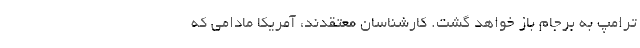
ترامپ به برجام باز خواهد گشت. کارشناسان معتقدند، آمریکا مادامی که